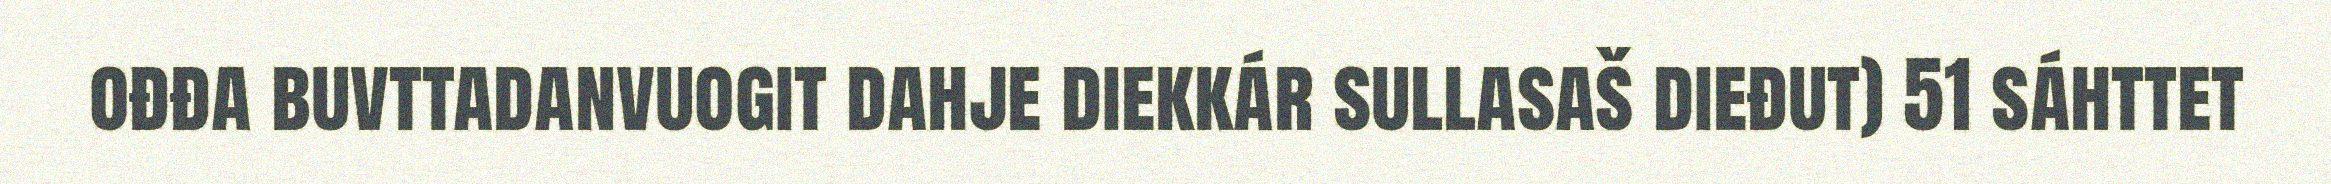
ođđa buvttadanvuogit dahje diekkár sullasaš dieđut) 51 sáhttet